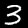
Digit: 3